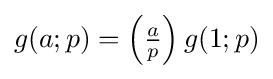
g(a;p)=\left({\tfrac {a}{p}}\right)g(1;p)